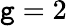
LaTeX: \mathtt{g}=2